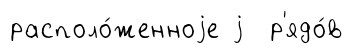
располо́женноjе j р'ядо́в